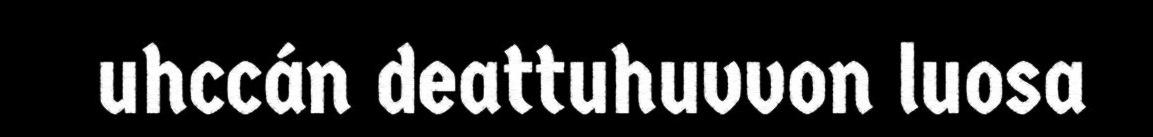
uhccán deattuhuvvon luosa